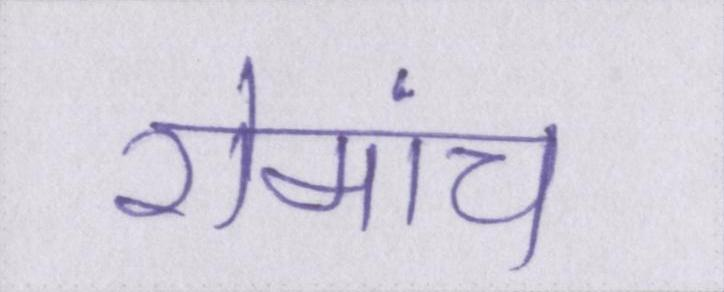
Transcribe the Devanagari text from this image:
रोमांच